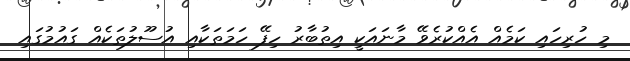
މި ހުރިހައި ކަމެއް އެއްކުރެވޭ މާނައަކީ އިތުބާރު ހިފޭ ހަމަތަކާއި އުސޫލުތަކެއް ގައުމުގައި